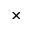
\times